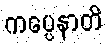
ကပ္ပေနာတိ